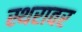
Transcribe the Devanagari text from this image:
स्थरावर